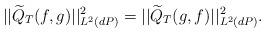
\begin{align*}||\widetilde Q_T(f,g)||^2_{L^2(dP)}=||\widetilde Q_T(g,f)||^2_{L^2(dP)}.\end{align*}